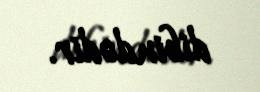
dibindədir.